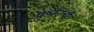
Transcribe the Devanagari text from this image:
पुष्करची